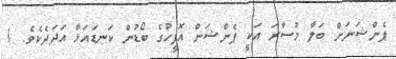
ޕެންޝަނަށް ބަލާ މުސާރަ އަކީ ޕެންޝަން އޮފީހުގެ ބޯޑުން ކަނޑައަޅާ އަދަދެކެވެ. 1